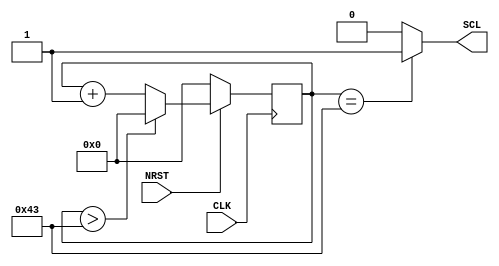
module serial_clock (
    input CLK,
    input NRST,
    
    output SCL
);

reg [6:0] timer;

always @ (posedge CLK) begin
    if (!NRST)
        timer <= 7'd0;
    else if (timer > 7'd67)
        timer <= 7'd0;
    else
        timer <= timer + 1'b1;
end

assign SCL = (timer == 67) ? 1'b1 : 1'b0; // ~400kHz

endmodule